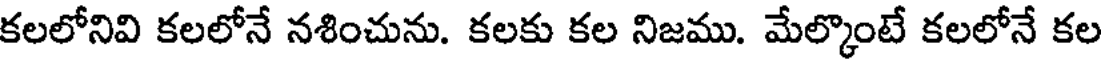
కలలోనివి కలలోనే నశించును. కలకు కల నిజము. మేల్కొంటే కలలోనే కల